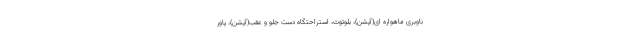
ناوبری ماهواره ای(آپشن)، بلوتوث، استراحتگاه دست جلو و عقب(آپشن)، پاور